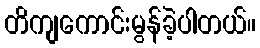
တိကျကောင်းမွန်ခဲ့ပါတယ်။